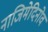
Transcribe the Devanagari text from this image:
नाजिमेदिनोव